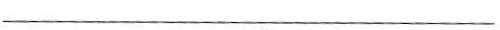
___